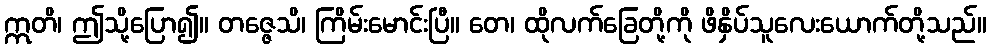
ဣတိ၊ ဤသို့ပြော၍။ တဇ္ဇေသိ၊ ကြိမ်းမောင်းပြီ။ တေ၊ ထိုလက်ခြေတို့ကို ဖိနှိပ်သူလေးယောက်တို့သည်။